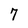
Character: 7